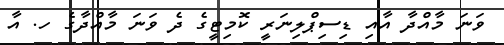
ވަނަ މާއްދާ އާއި ޑިސިޕްލިނަރީ ކޮމިޓީގެ ދެ ވަނަ މާއްދާގެ ހ. އާ